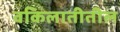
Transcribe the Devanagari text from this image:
वकिलातीतील